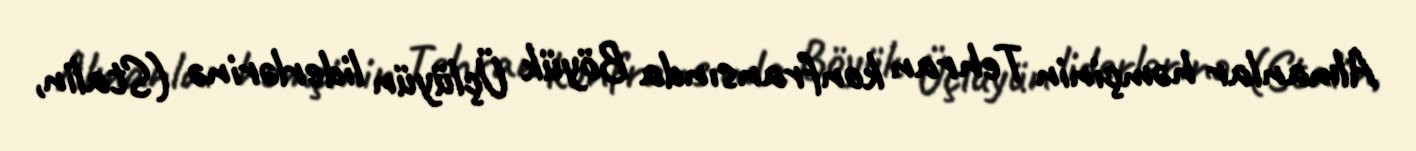
Almanlar həmçinin Tehran konfransında Böyük Üçlüyün liderlərinə (Stalin,